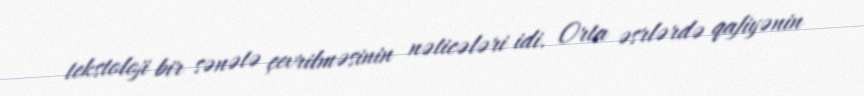
tekstoloji bir sənətə çevrilməsinin nəticələri idi. Orta əsrlərdə qafiyənin